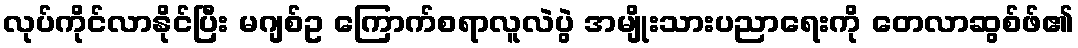
လုပ်ကိုင်လာနိုင်ပြီး မဂျစ်ဥ ကြောက်စရာလူလဲပွဲ အမျိုးသားပညာရေးကို တေလာဆွစ်ဖ်၏